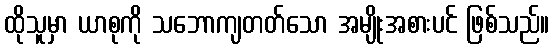
ထိုသူမှာ ယာစုကို သဘောကျတတ်သော အမျိုးအစားပင် ဖြစ်သည်။